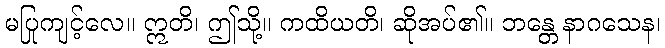
မပြုကျင့်လေ။ ဣတိ၊ ဤသို့။ ကထိယတိ၊ ဆိုအပ်၏။ ဘန္တေ နာဂသေန၊